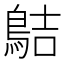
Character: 𪁄